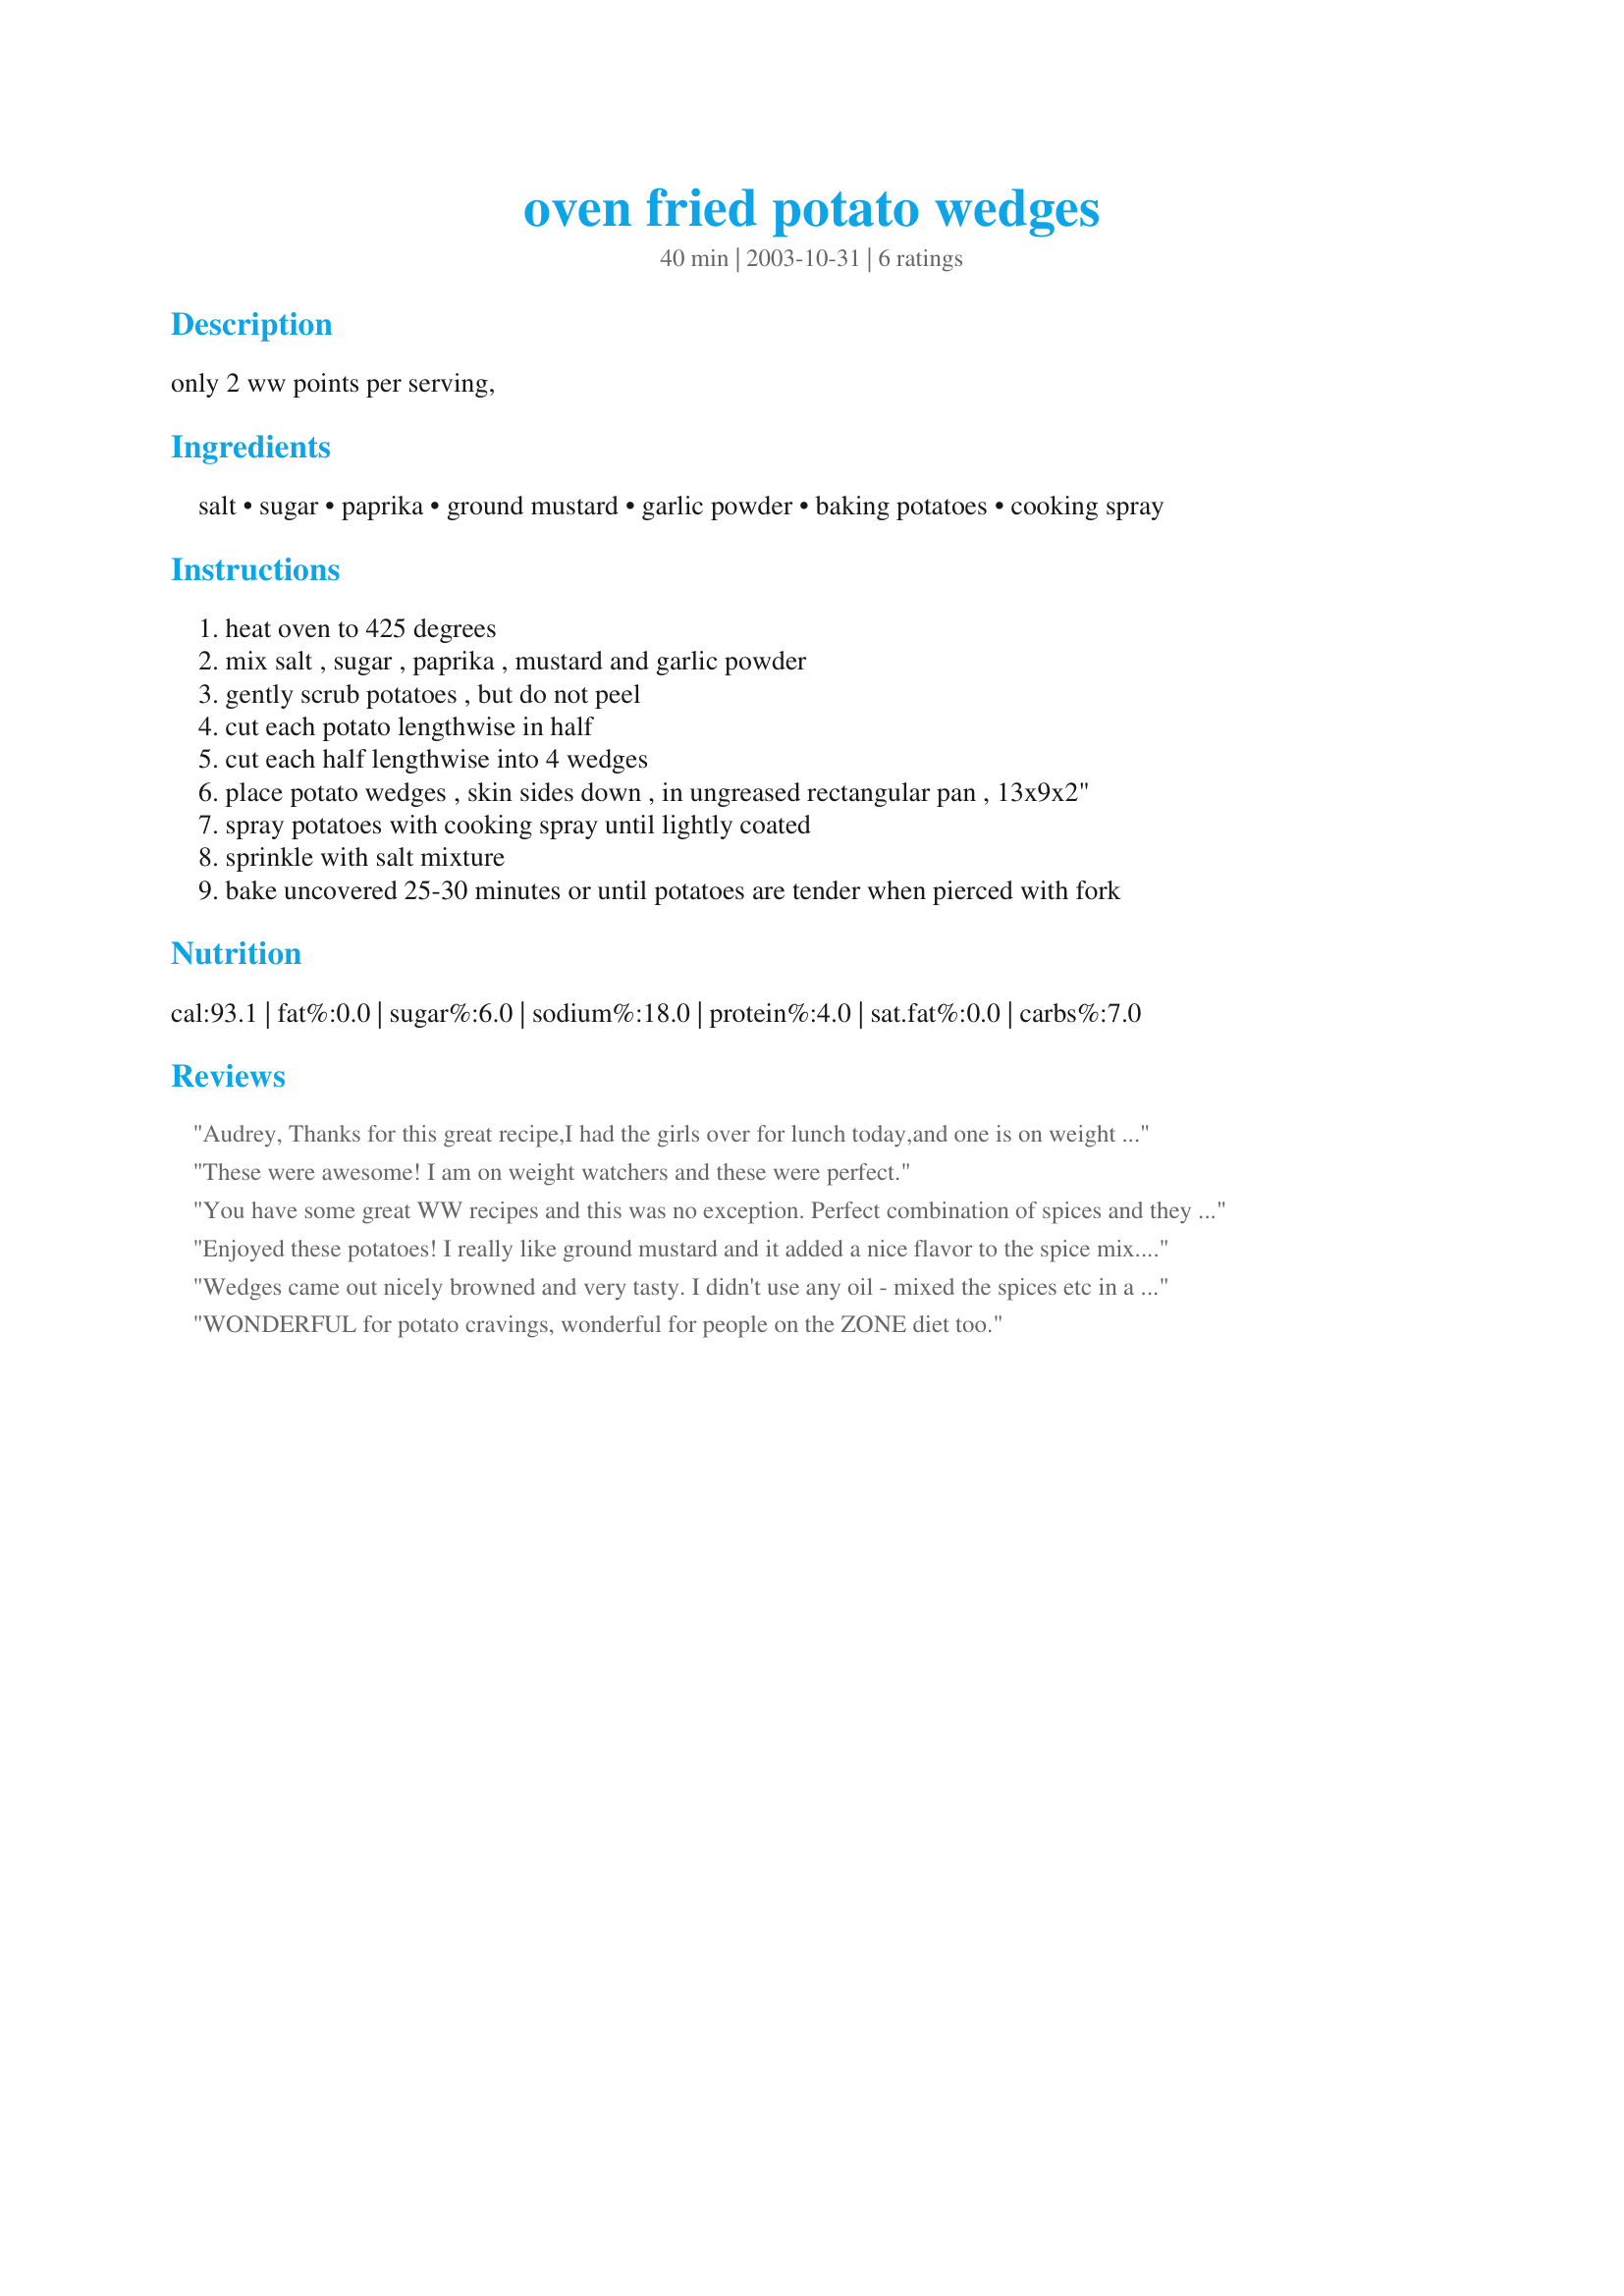
oven fried potato wedges
Preparation time: 40 minutes

only 2 ww points per serving,

Ingredients:
salt, sugar, paprika, ground mustard, garlic powder, baking potatoes, cooking spray

Steps:
heat oven to 425 degrees, mix salt , sugar , paprika , mustard and garlic powder, gently scrub potatoes , but do not peel, cut each potato lengthwise in half, cut each half lengthwise into 4 wedges, place potato wedges , skin sides down , in ungreased rectangular pan , 13x9x2", spray potatoes with cooking spray until lightly coated, sprinkle with salt mixture, bake uncovered 25-30 minutes or until potatoes are tender when pierced with fork

Reviews:
Audrey,
 Thanks for this great recipe,I had the girls over for lunch today,and one is on weight watchers diet,the other on curves,so it is hard to make something they both can or will eat.So I fixed your wedges, and fried
hambrgers,(Leaving one plain,and putting mushroom soup over the others.Your wedges was the hit of the dinner,even the curves girl liked them,so she had to give up all of her carbs for the rest of the day :)
Thanks,Darlene
These were awesome! I am on weight watchers and these were perfect.
You have some great WW recipes and this was no exception. Perfect combination of spices and they were perfect with Bev's Easy Baked Fish.
Enjoyed these potatoes! I really like ground mustard and it added a nice flavor to the spice mix. Definitely use baking potatoes as the texture seems to be a lot nicer than any other potato.
Wedges came out nicely browned and very tasty. I didn't use any oil - mixed the spices etc in a plastic bag and placed damp wedges (I had soaked the potatoes in cold water after preparing them to prevent discoloration, then drained them) into the bag and shook them around to evenly coat the potatoes with the spice mix.. Baked on an oven stone - great results thanks AudreyM for a saver, do again recipe
WONDERFUL for potato cravings, wonderful for people on the ZONE diet too.
